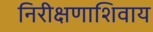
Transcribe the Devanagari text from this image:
निरीक्षणाशिवाय